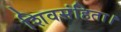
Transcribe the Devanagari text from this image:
शिवसंहिता।